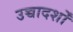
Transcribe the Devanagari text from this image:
उच्चादर्शों